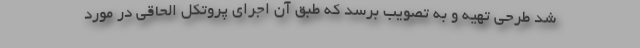
شد طرحی تهیه و به تصویب برسد که طبق آن اجرای پروتکل الحاقی در مورد